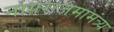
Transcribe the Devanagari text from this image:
नागराजमामंत्र्य